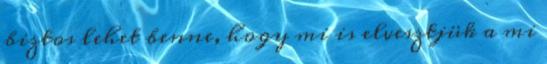
biztos lehet benne, hogy mi is elvesztjük a mi